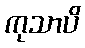
ကုသာပိ